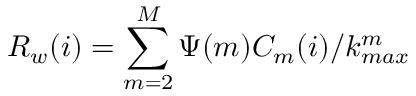
R _ { w } ( i ) = \sum _ { m = 2 } ^ { M } \Psi ( m ) C _ { m } ( i ) / k _ { m a x } ^ { m }